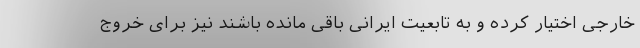
خارجی اختیار کرده و به تابعیت ایرانی باقی‌ مانده‌ باشند نیز برای خروج